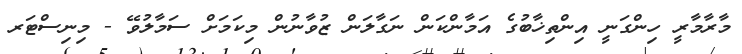
މާރާމާރީ ހިންގަނީ އިންތިޚާބުގެ އަމާންކަން ނަގާލަން ޒުވާނުން މިކަމަށް ސަމާލުވޭ - މިނިސްޓަރ